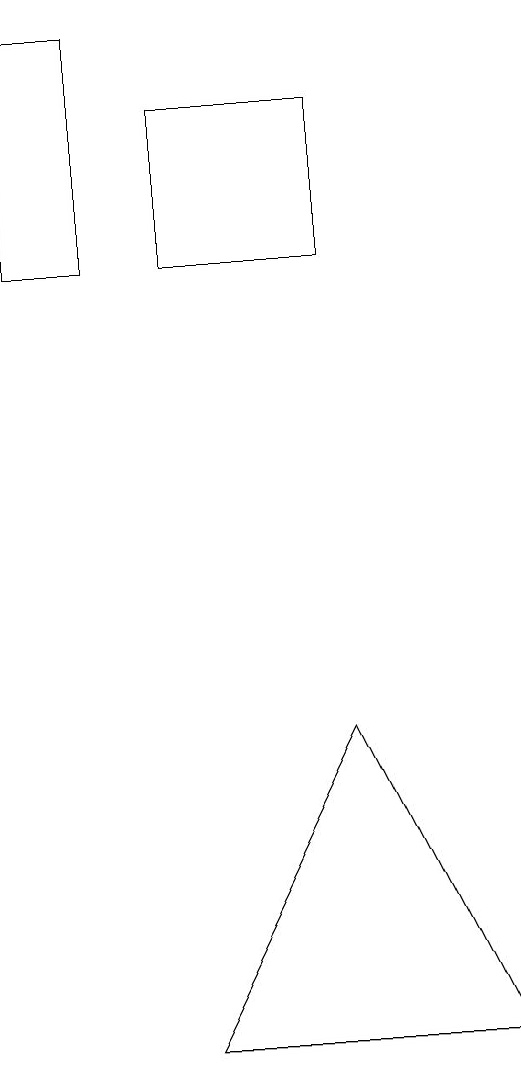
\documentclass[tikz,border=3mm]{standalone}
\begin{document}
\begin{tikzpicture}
\draw (2,17) rectangle (4,15);
\draw (4,9) -- (6,5) -- (2,5) -- cycle;
\draw (1,18) rectangle (0,15);
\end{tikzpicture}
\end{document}